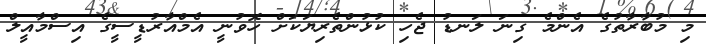
މި މުބާރާތުގެ އެންމެ ގިނަ ލަނޑު ޖެހި ކުޅުންތެރިޔަކަށް ހޮވުނީ އެމްއާރުޑީސީގެ އިސްމާއީލް